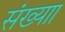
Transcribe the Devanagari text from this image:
संख्याा